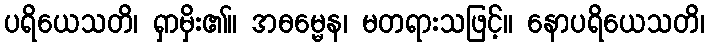
ပရိယေသတိ၊ ရှာမှိး၏။ အဓမ္မေန၊ မတရားသဖြင့်။ နောပရိယေသတိ၊